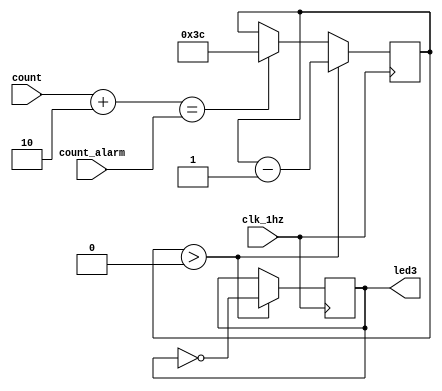
module alarm (clk_1hz,count,count_alarm,led3);
    input clk_1hz;
    input [20:0] count;
    input [20:0] count_alarm;
    output led3;
    reg led3;
    reg [5:0] count_led3;//

    initial begin  led3=0;count_led3=0;      end
    //(count)count_led3
    always @(posedge clk_1hz ) 
    begin
        if (count+2==count_alarm)  count_led3 <= 60;//count+2
        if (count_led3>0) 
        begin
            led3 <= ~led3;
            count_led3 <= count_led3 - 1;
        end
    end

endmodule